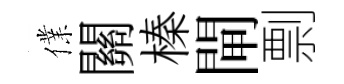
㒒關榛閘剽